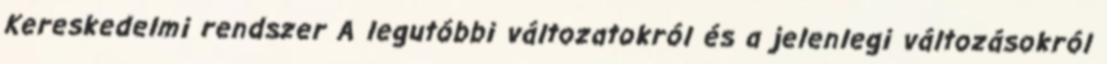
Kereskedelmi rendszer A legutóbbi változatokról és a jelenlegi változásokról